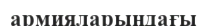
армияларындағы